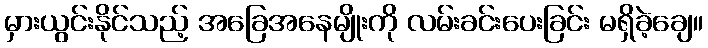
မှားယွင်းနိုင်သည့် အခြေအနေမျိုးကို လမ်းခင်းပေးခြင်း မရှိခဲ့ချေ။